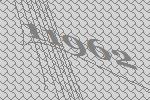
11962